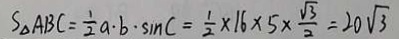
S _ { \Delta } A B C = \frac { 1 } { 2 } a \cdot b \cdot \sin C = \frac { 1 } { 2 } \times 1 6 \times 5 \times \frac { \sqrt { 3 } } { 2 } = 2 0 \sqrt { 3 }